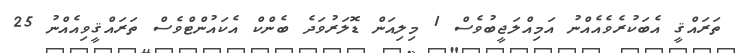
ތަރައްްްޤީ އެބަކުރެވެއެއްނު އަމިއްލަޖީބުވެސް 1 މިލިއަން ޑޮލަރުވަދެ ބެންކް އެކައުންޓްވެސް ތަރައްޤީވިއެއްނު 25